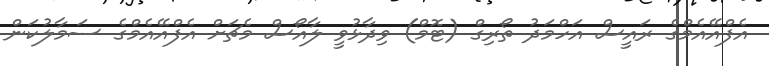
އެފްއޭއެމްގެ ރައީސް އަހްމަދު ތޯރިގް (ޓޮމް) ވިދާޅުވީ ލާއޯސް މެޗަށް އެފްއޭއެމްގެ ސަމާލުކަން